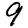
Digit: 9